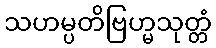
သဟမ္ပတိဗြဟ္မသုတ္တံ